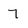
Character: 7